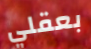
بعقلي